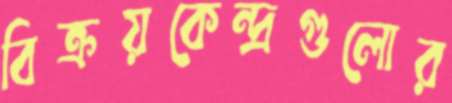
বিক্রয়কেন্দ্রগুলোর